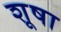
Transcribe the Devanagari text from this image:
शूषा